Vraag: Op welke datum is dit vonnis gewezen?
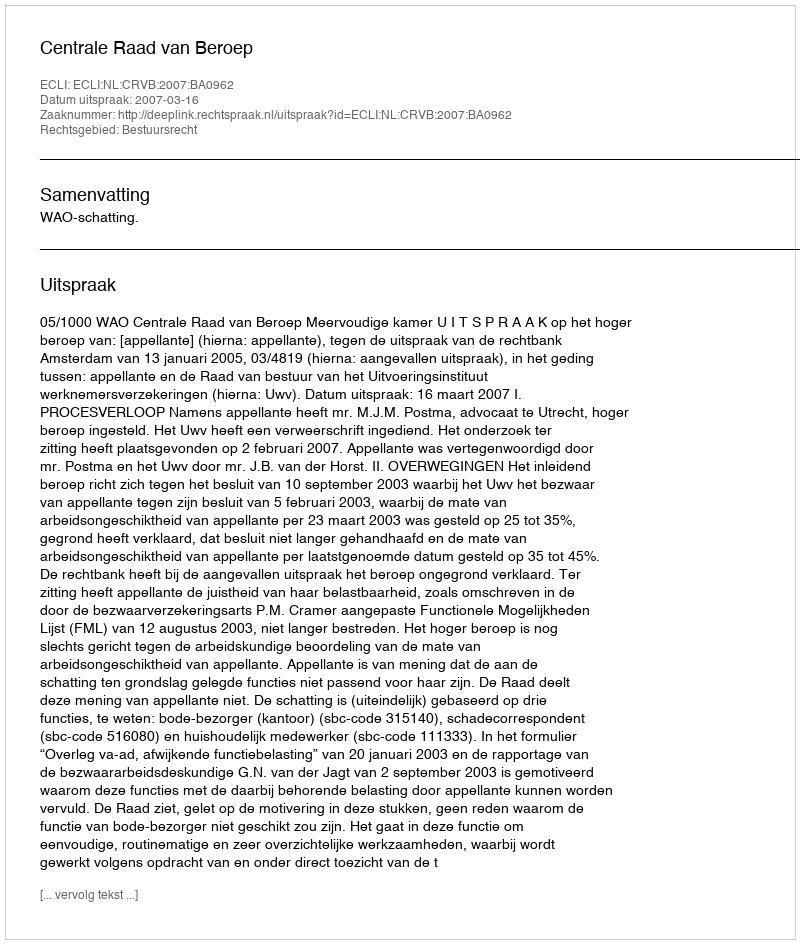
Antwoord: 2007-03-16